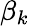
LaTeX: \beta_{k}